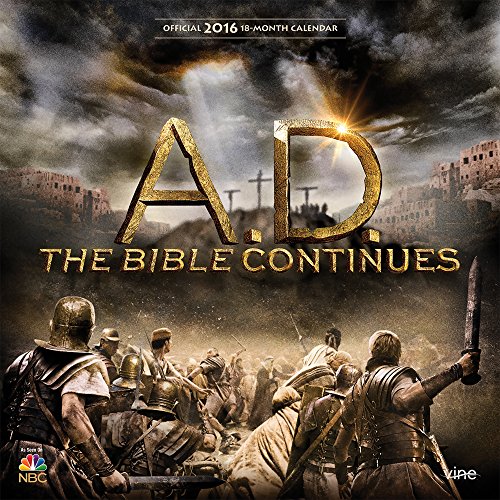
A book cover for A.D. 2016 (TV Series) Square 12x12 Vine Publications (Multilingual Edition); Browntrout Publishers; Calendars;